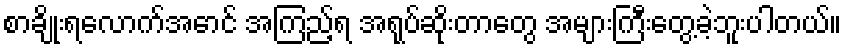
စာချိုးရလောက်အောင် အကြည့်ရ အရုပ်ဆိုးတာတွေ အများကြီးတွေ့ခဲ့ဘူးပါတယ်။